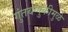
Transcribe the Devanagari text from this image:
गुंतवणुकीमुळे